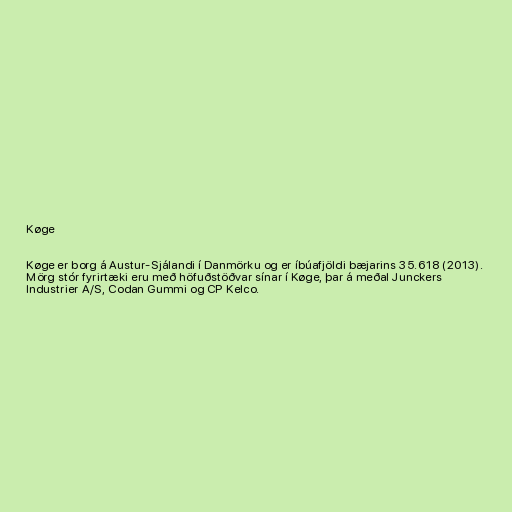
Køge

Køge er borg á Austur-Sjálandi í Danmörku og er íbúafjöldi bæjarins 35.618 (2013).
Mörg stór fyrirtæki eru með höfuðstöðvar sínar í Køge, þar á meðal Junckers
Industrier A/S, Codan Gummi og CP Kelco.